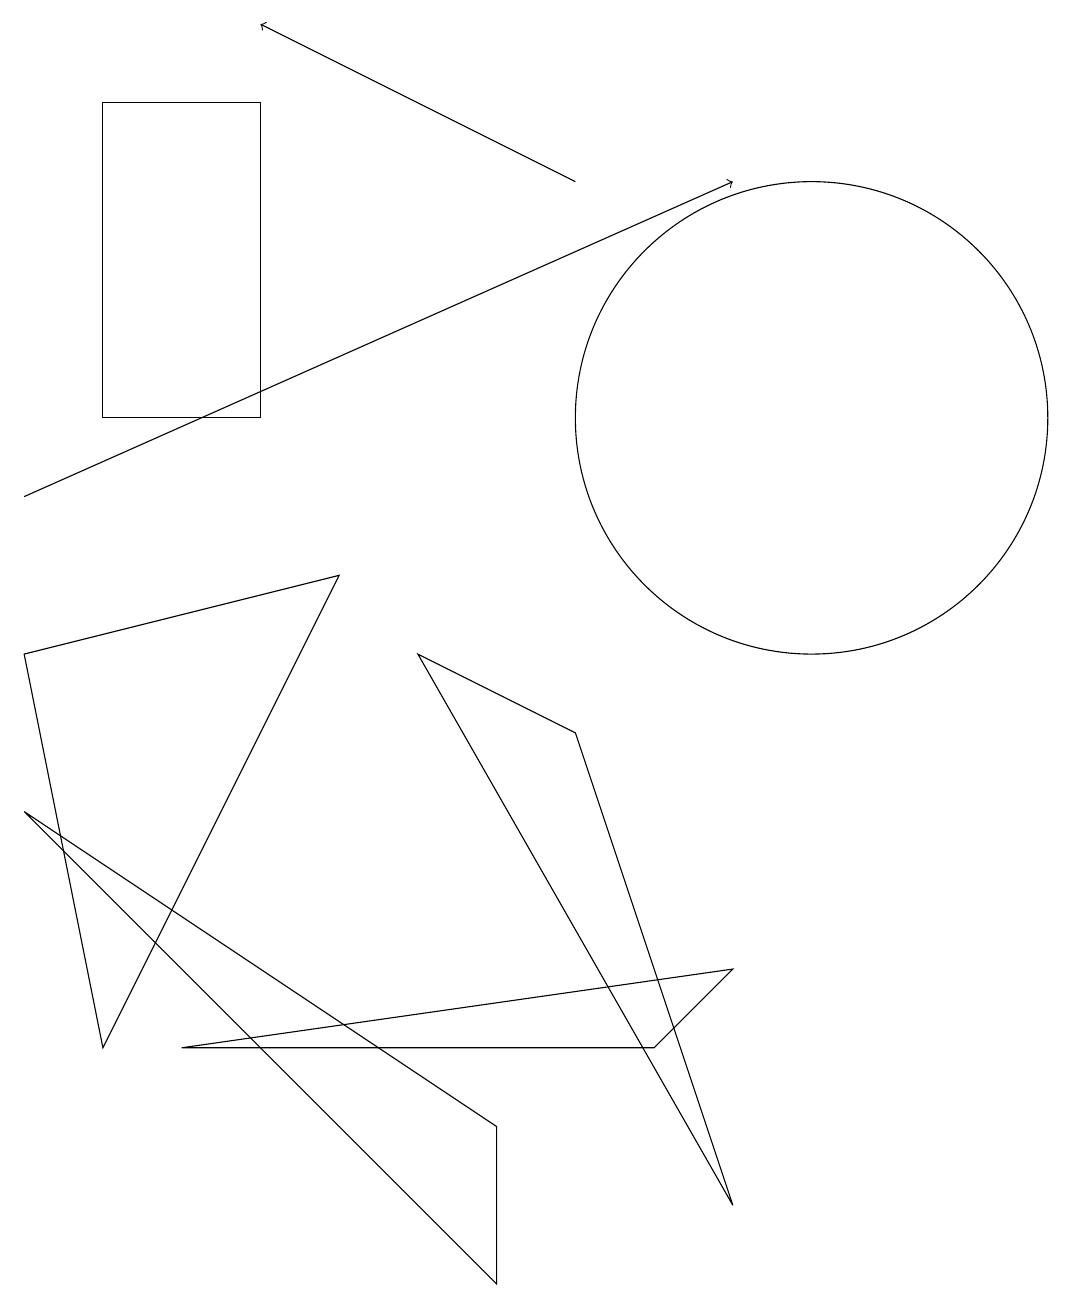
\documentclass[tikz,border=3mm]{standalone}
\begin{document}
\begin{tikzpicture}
\draw[->] (0,10) -- (9,14);
\draw (0,6) -- (6,0) -- (6,2) -- cycle;
\draw (10,11) circle (3);
\draw (9,4) -- (2,3) -- (8,3) -- cycle;
\draw (1,3) -- (0,8) -- (4,9) -- cycle;
\draw (3,15) rectangle (1,11);
\draw (5,8) -- (7,7) -- (9,1) -- cycle;
\draw[->] (7,14) -- (3,16);
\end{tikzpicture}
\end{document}